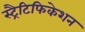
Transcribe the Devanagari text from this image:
स्ट्रैटिफिकेशन